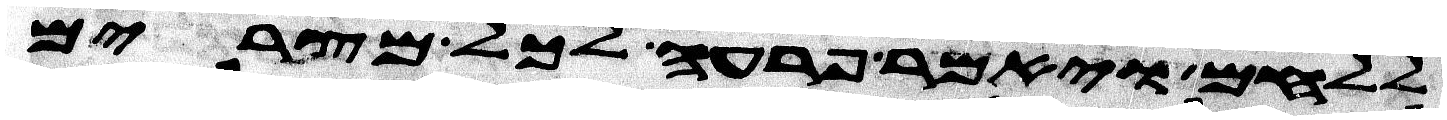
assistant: ללחם ויאמר פרעה לכל מצרים